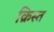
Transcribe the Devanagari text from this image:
क्रिस्त